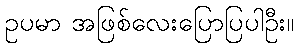
ဥပမာ အဖြစ်လေးပြောပြပါဦး။